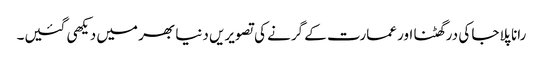
رانا پلاجا کی درگھٹنا اور عمارت کے گرنے کی تصویریں دنیا بھر میں دیکھی گئیں۔